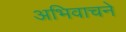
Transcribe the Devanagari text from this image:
अभिवाचने